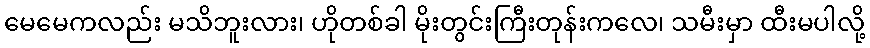
မေမေကလည်း မသိဘူးလား၊ ဟိုတစ်ခါ မိုးတွင်းကြီးတုန်းကလေ၊ သမီးမှာ ထီးမပါလို့